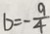
b = - \frac { 9 } { 4 }